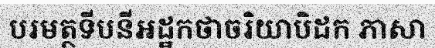
បរមត្ថទីបនីអដ្ឋកថាចរិយាបិដក ភាសា